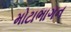
મોટાભાગન